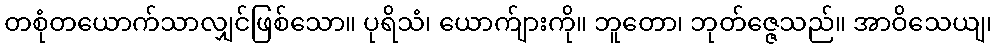
တစုံတယောက်သာလျှင်ဖြစ်သော။ ပုရိသံ၊ ယောက်ျားကို။ ဘူတော၊ ဘုတ်ဇ္ဇေသည်။ အာဝိသေယျ၊